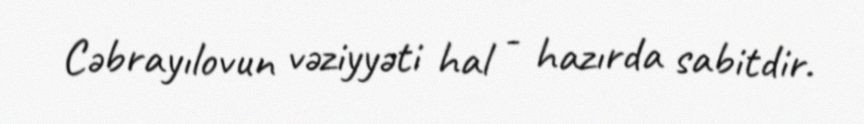
Cəbrayılovun vəziyyəti hal - hazırda sabitdir.